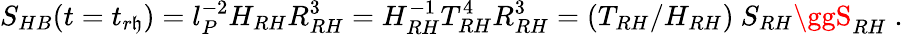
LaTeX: S_{HB}(t=t_{r\mathfrak{h}})=l_{P}^{-2}H_{RH}R_{RH}^{3}=H_{RH}^{-1}T_{RH}^{4}R_{RH}^{3}=(T_{RH}/H_{RH})~S_{RH}\ggS_{RH}\; .